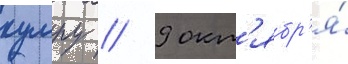
кумру // 9 окт'ябр'я́